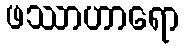
ဖဿာဟာရော